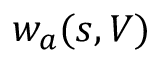
w _ { a } ( s , V )